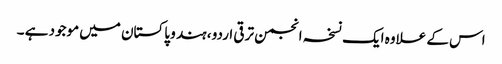
اس کے علاوہ ایک نسخہ انجمن ترقی اردو ، ہند و پاکستان میں موجود ہے ۔